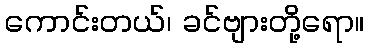
ကောင်းတယ်၊ ခင်ဗျားတို့ရော။